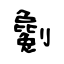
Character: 劖